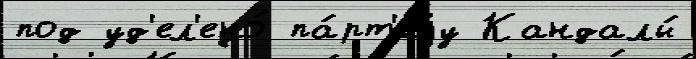
под уд'ел'ено́ па́рт'иjу Кандалы́